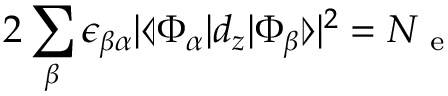
2 \sum _ { \beta } \epsilon _ { \beta \alpha } | \llangle \Phi _ { \alpha } | d _ { z } | \Phi _ { \beta } \rrangle | ^ { 2 } = N _ { \mathrm { ~ e ~ } }